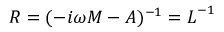
\boldsymbol { R } = ( - i \omega \boldsymbol { M } - \boldsymbol { A } ) ^ { - 1 } = \boldsymbol { L } ^ { - 1 }